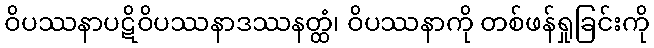
ဝိပဿနာပဋိဝိပဿနာဒဿနတ္ထံ၊ ဝိပဿနာကို တစ်ဖန်ရှုခြင်းကို